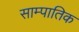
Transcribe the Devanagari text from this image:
साम्पातिक